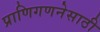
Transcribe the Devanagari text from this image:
प्राणिगणनेसाठी